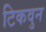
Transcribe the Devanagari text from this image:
टिकवुन